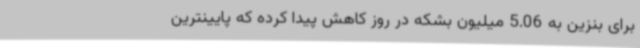
برای بنزین به 5.06 میلیون بشکه در روز کاهش پیدا کرده که پایینترین